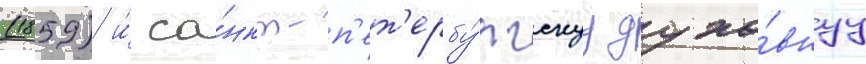
(1859) и́ са́нкт-п'ет'ербу́ргскуу духо́внуу